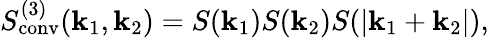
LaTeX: S_{\mathrm{conv}}^{(3)}(\textbf{k}_{1},\textbf{k}_{2})=S(\textbf{k}_{1})S(\textbf{k}_{2})S(|\textbf{k}_{1}+\textbf{k}_{2}|),